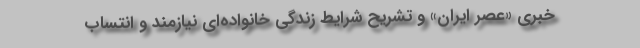
خبری «عصر ایران» و تشریح شرایط زندگی خانواده‌ای‌ نیازمند و انتساب